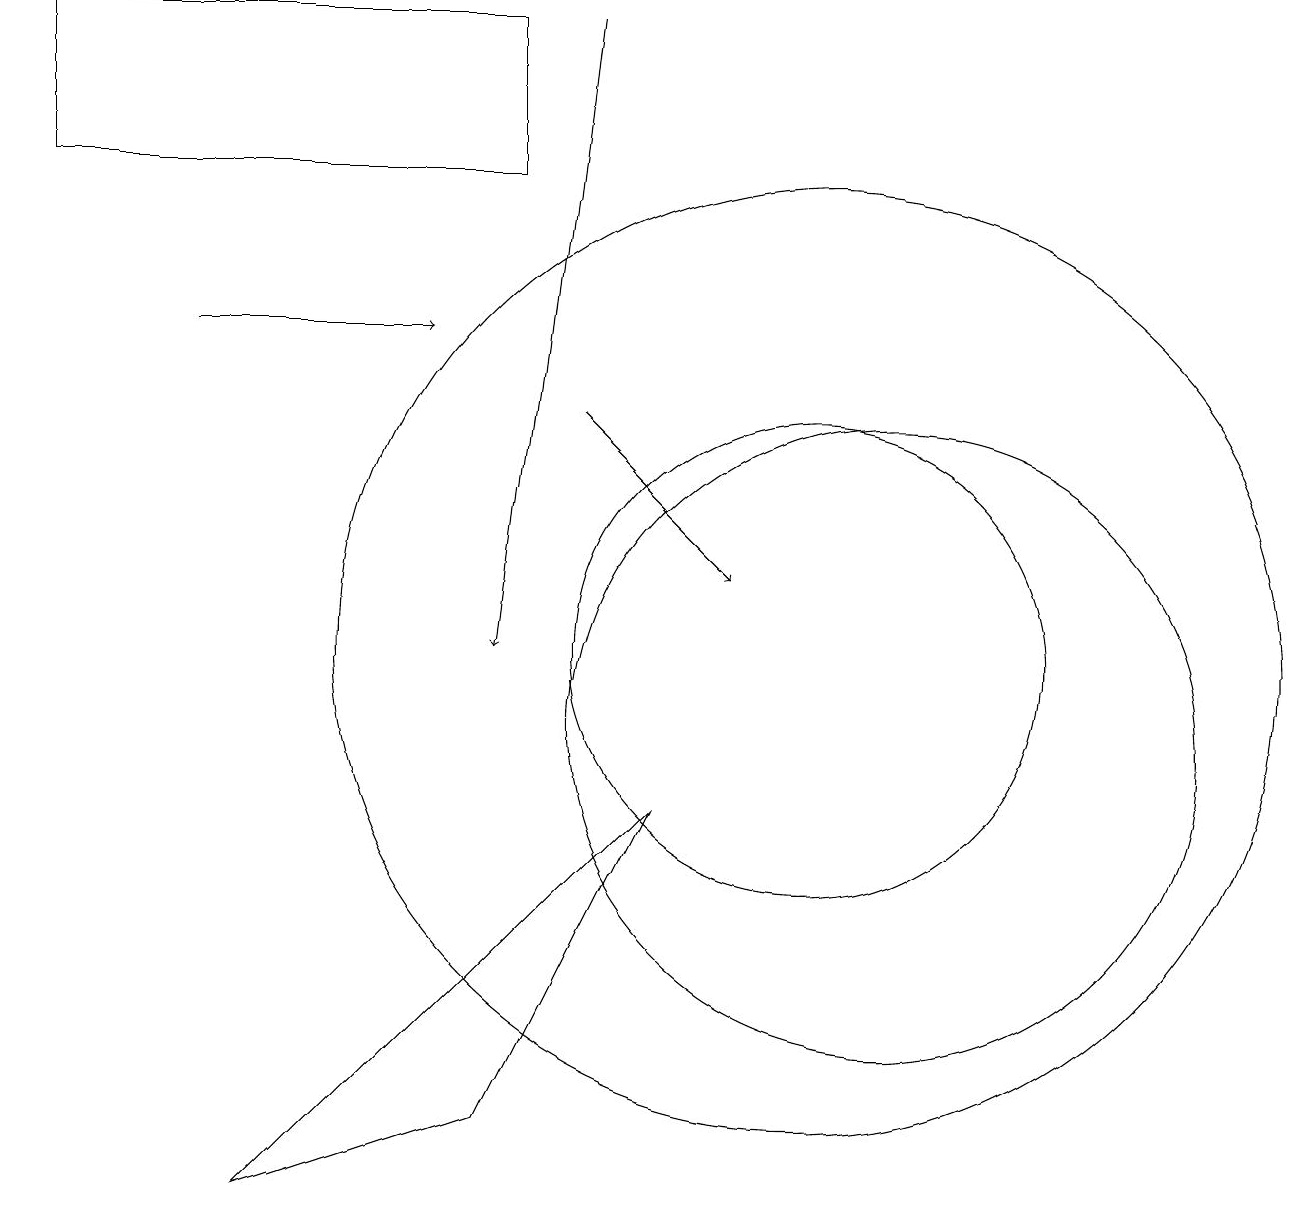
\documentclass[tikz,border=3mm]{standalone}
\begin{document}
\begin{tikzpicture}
\draw (11,10) circle (4);
\draw (8,9) -- (3,4) -- (6,5) -- cycle;
\draw[->] (7,19) -- (6,11);
\draw (10,11) circle (3);
\draw[->] (7,14) -- (9,12);
\draw (0,19) rectangle (6,17);
\draw (10,11) circle (6);
\draw[->] (2,15) -- (5,15);
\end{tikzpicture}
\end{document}